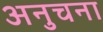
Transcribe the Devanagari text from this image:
अनुचना